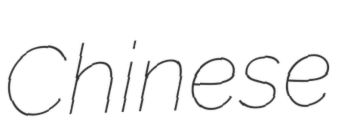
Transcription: Chinese